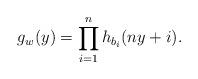
LaTeX: \begin{align*} g_w(y)= \prod_{i=1}^n h_{b_i}(ny+i). \end{align*}